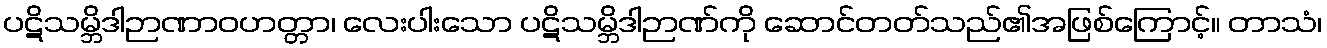
ပဋိသမ္ဘိဒါဉာဏာဝဟတ္တာ၊ လေးပါးသော ပဋိသမ္ဘိဒါဉာဏ်ကို ဆောင်တတ်သည်၏အဖြစ်ကြောင့်။ တာသံ၊